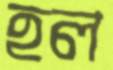
হল